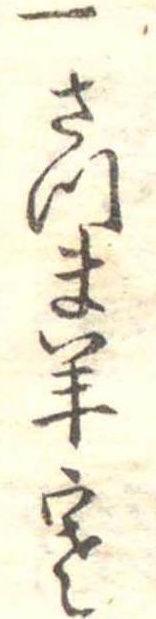
一さつま羊寒